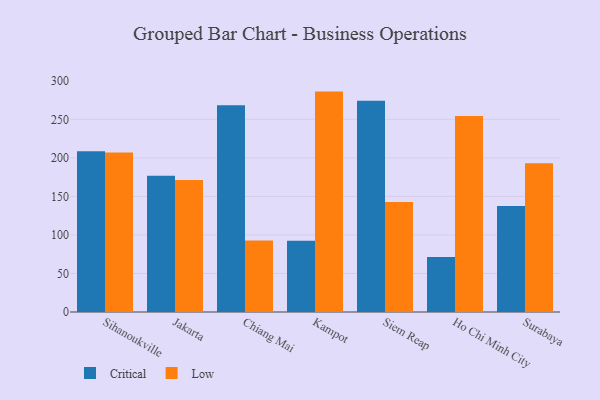
{"axis": {"x": "City", "y": "Market Share (%)"}, "legend": ["Critical", "Low"], "data": [{"x": "Sihanoukville", "y": 208.5, "type": "Critical"}, {"x": "Sihanoukville", "y": 207.0, "type": "Low"}, {"x": "Jakarta", "y": 176.7, "type": "Critical"}, {"x": "Jakarta", "y": 171.4, "type": "Low"}, {"x": "Chiang Mai", "y": 268.2, "type": "Critical"}, {"x": "Chiang Mai", "y": 92.9, "type": "Low"}, {"x": "Kampot", "y": 92.3, "type": "Critical"}, {"x": "Kampot", "y": 286.0, "type": "Low"}, {"x": "Siem Reap", "y": 274.0, "type": "Critical"}, {"x": "Siem Reap", "y": 142.7, "type": "Low"}, {"x": "Ho Chi Minh City", "y": 71.5, "type": "Critical"}, {"x": "Ho Chi Minh City", "y": 254.4, "type": "Low"}, {"x": "Surabaya", "y": 137.7, "type": "Critical"}, {"x": "Surabaya", "y": 192.9, "type": "Low"}]}